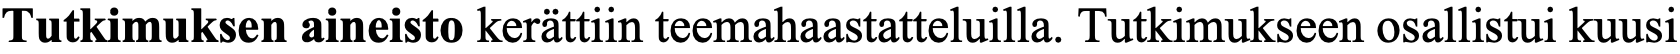
Tutkimuksen aineisto kerättiin teemahaastatteluilla. Tutkimukseen osallistui kuusi